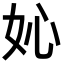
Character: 𡚿